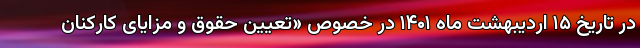
در تاریخ ۱۵ اردیبهشت ماه ۱۴۰۱ در خصوص «تعیین حقوق و مزایای کارکنان